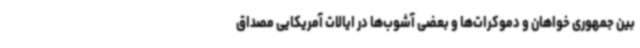
بین جمهوری خواهان و دموکرات‌ها و بعضی آشوب‌ها در ایالات آمریکایی مصداق